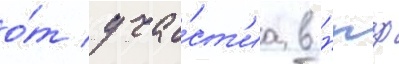
о́т уча́ст'иа в нпф